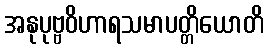
အနုပုဗ္ဗဝိဟာရသမာပတ္တိယောတိ